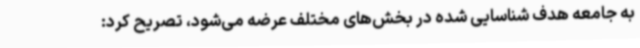
به جامعه هدف شناسایی ‌شده در بخش‌های مختلف عرضه می‌شود، تصریح کرد: